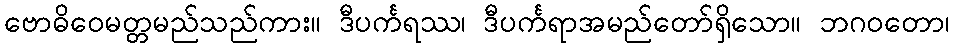
ဗောဓိဝေမတ္တမည်သည်ကား။ ဒီပင်္ကရဿ၊ ဒီပင်္ကရာအမည်တော်ရှိသော။ ဘဂဝတော၊